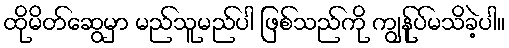
ထိုမိတ်ဆွေမှာ မည်သူမည်ပါ ဖြစ်သည်ကို ကျွန်ုပ်မသိခဲ့ပါ။